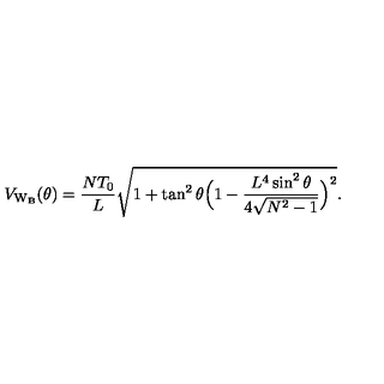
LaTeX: V _ { \mathrm { W _ { B } } } ( \theta ) = \frac { N T _ { 0 } } { L } \sqrt { 1 + \tan ^ { 2 } { \theta } \Bigl ( 1 - \frac { L ^ { 4 } \sin ^ { 2 } { \theta } } { 4 \sqrt { N ^ { 2 } - 1 } } \Bigr ) ^ { 2 } } .